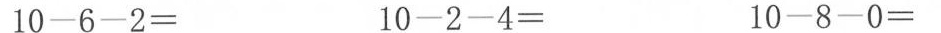
10-6-2= 10-2-4= 10-8-0=